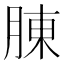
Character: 腖